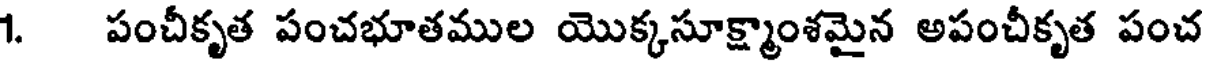
1. పంచీకృత పంచభూతముల యొక్కసూక్ష్మాంశమైన అపంచీకృత పంచ